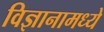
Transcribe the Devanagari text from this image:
विज्ञानामध्ये